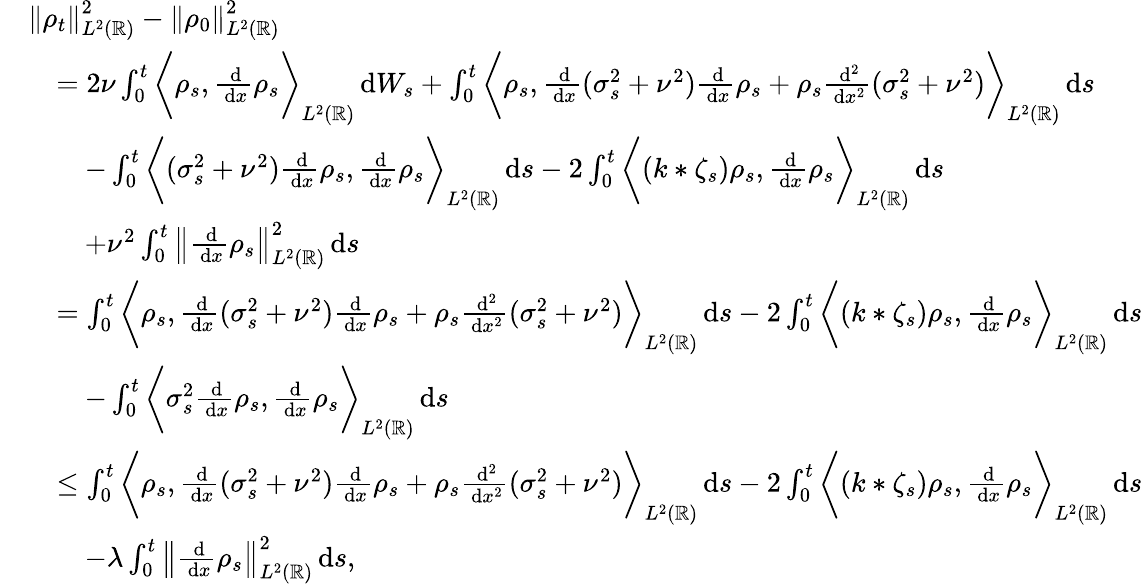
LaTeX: \begin{array}{rl}&{\left\lVert\rho_{t}\right\rVert_{L^{2}(\mathbb{R})}^{2}-\left\lVert\rho_{0}\right\rVert_{L^{2}(\mathbb{R})}^{2}}\\ &{\quad=2\nu\int_{0}^{t}\bigg\langle\rho_{s},\frac{\, \mathrm{d}}{\, \mathrm{d}x}\rho_{s}\bigg\rangle_{L^{2}(\mathbb{R})}\, \mathrm{d}W_{s}+\int_{0}^{t}\bigg\langle\rho_{s},\frac{\, \mathrm{d}}{\, \mathrm{d}x}(\sigma_{s}^{2}+\nu^{2})\frac{\, \mathrm{d}}{\, \mathrm{d}x}\rho_{s}+\rho_{s}\frac{\, \mathrm{d}^{2}}{\, \mathrm{d}x^{2}}(\sigma_{s}^{2}+\nu^{2})\bigg\rangle_{L^{2}(\mathbb{R})}\, \mathrm{d}s}\\ &{\quad\quad-\int_{0}^{t}\bigg\langle(\sigma_{s}^{2}+\nu^{2})\frac{\, \mathrm{d}}{\, \mathrm{d}x}\rho_{s},\frac{\, \mathrm{d}}{\, \mathrm{d}x}\rho_{s}\bigg\rangle_{L^{2}(\mathbb{R})}\, \mathrm{d}s-2\int_{0}^{t}\bigg\langle(k*\zeta_{s})\rho_{s},\frac{\, \mathrm{d}}{\, \mathrm{d}x}\rho_{s}\bigg\rangle_{L^{2}(\mathbb{R})}\, \mathrm{d}s}\\ &{\quad\quad+\nu^{2}\int_{0}^{t}\left\lVert\frac{\, \mathrm{d}}{\, \mathrm{d}x}\rho_{s}\right\rVert_{L^{2}(\mathbb{R})}^{2}\, \mathrm{d}s}\\ &{\quad=\int_{0}^{t}\bigg\langle\rho_{s},\frac{\, \mathrm{d}}{\, \mathrm{d}x}(\sigma_{s}^{2}+\nu^{2})\frac{\, \mathrm{d}}{\, \mathrm{d}x}\rho_{s}+\rho_{s}\frac{\, \mathrm{d}^{2}}{\, \mathrm{d}x^{2}}(\sigma_{s}^{2}+\nu^{2})\bigg\rangle_{L^{2}(\mathbb{R})}\, \mathrm{d}s-2\int_{0}^{t}\bigg\langle(k*\zeta_{s})\rho_{s},\frac{\, \mathrm{d}}{\, \mathrm{d}x}\rho_{s}\bigg\rangle_{L^{2}(\mathbb{R})}\, \mathrm{d}s}\\ &{\quad\quad-\int_{0}^{t}\bigg\langle\sigma_{s}^{2}\frac{\, \mathrm{d}}{\, \mathrm{d}x}\rho_{s},\frac{\, \mathrm{d}}{\, \mathrm{d}x}\rho_{s}\bigg\rangle_{L^{2}(\mathbb{R})}\, \mathrm{d}s}\\ &{\quad\le\int_{0}^{t}\bigg\langle\rho_{s},\frac{\, \mathrm{d}}{\, \mathrm{d}x}(\sigma_{s}^{2}+\nu^{2})\frac{\, \mathrm{d}}{\, \mathrm{d}x}\rho_{s}+\rho_{s}\frac{\, \mathrm{d}^{2}}{\, \mathrm{d}x^{2}}(\sigma_{s}^{2}+\nu^{2})\bigg\rangle_{L^{2}(\mathbb{R})}\, \mathrm{d}s-2\int_{0}^{t}\bigg\langle(k*\zeta_{s})\rho_{s},\frac{\, \mathrm{d}}{\, \mathrm{d}x}\rho_{s}\bigg\rangle_{L^{2}(\mathbb{R})}\, \mathrm{d}s}\\ &{\quad\quad-\lambda\int_{0}^{t}\left\lVert\frac{\, \mathrm{d}}{\, \mathrm{d}x}\rho_{s}\right\rVert_{L^{2}(\mathbb{R})}^{2}\, \mathrm{d}s,}\end{array}